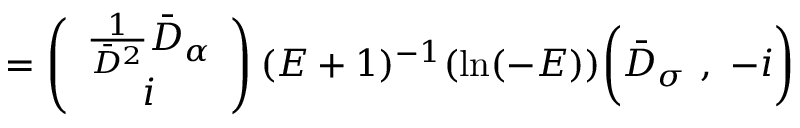
= \left( \begin{array} { c } { { \frac { 1 } { \bar { D } ^ { 2 } } \bar { D } _ { \alpha } } } \\ { { i } } \end{array} \right) ( E + 1 ) ^ { - 1 } ( \mathrm { l n } ( - E ) ) \biggl ( \bar { D } _ { \sigma } \ , \ - i \biggr )